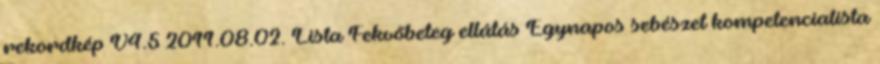
rekordkép V4.5 2011.08.02. Lista Fekvőbeteg ellátás Egynapos sebészet kompetencialista